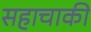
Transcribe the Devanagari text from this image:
सहाचाकी